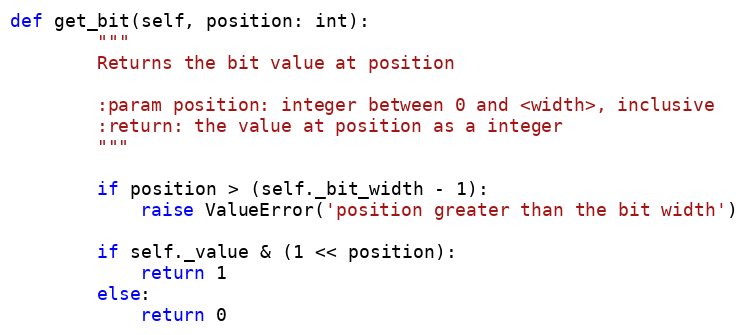
Language: Python
def get_bit(self, position: int):
        """
        Returns the bit value at position

        :param position: integer between 0 and <width>, inclusive
        :return: the value at position as a integer
        """

        if position > (self._bit_width - 1):
            raise ValueError('position greater than the bit width')

        if self._value & (1 << position):
            return 1
        else:
            return 0